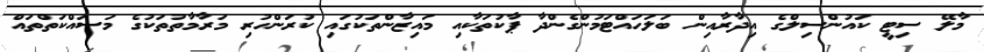
މާލޭ ސިޓީ ކައުންސިލްގެ އިދާރާއިން ބަލަހައްޓަމުންގެންދާ ޕާކުތަކާއި މައިޒާންތަކުގައި ކުރަންހުރި މަރާމާތުތަކުގެ މަސައްކަތްތައް